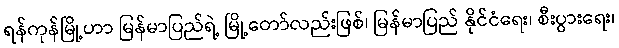
ရန်ကုန်မြို့ဟာ မြန်မာပြည်ရဲ့ မြို့တော်လည်းဖြစ်၊ မြန်မာပြည် နိုင်ငံရေး၊ စီးပွားရေး၊